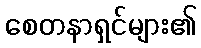
စေတနာရှင်များ၏